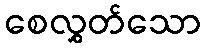
စေလွှတ်သော